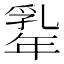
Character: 𢆡